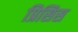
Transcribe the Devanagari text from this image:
प्रिसिस